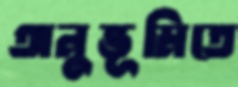
অনুভূমিতে